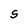
Character: S